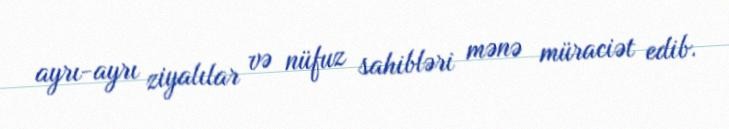
ayrı-ayrı ziyalılar və nüfuz sahibləri mənə müraciət edib.